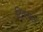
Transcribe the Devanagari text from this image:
दिवचल